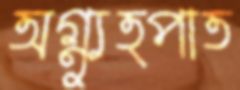
অগ্ন্যুত্পাত